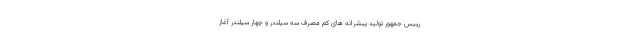
رییس جمهور تولید پیشرانه های کم مصرف سه سیلندر و چهار سیلندر آغاز